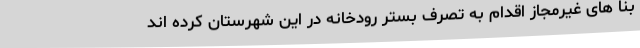
بنا های غیرمجاز اقدام به تصرف بستر رودخانه در این شهرستان کرده اند